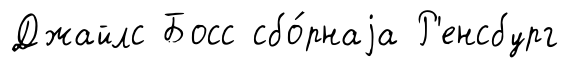
Джайлс Босс сбо́рнаjа Р'енсбург